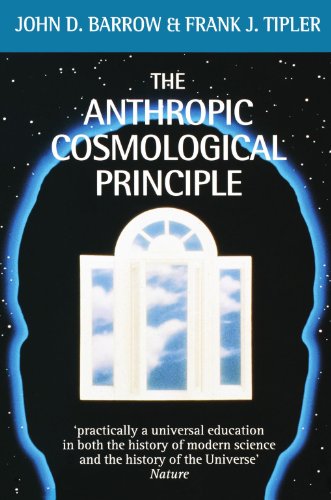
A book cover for The Anthropic Cosmological Principle (Oxford Paperbacks); John D. Barrow; Science & Math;